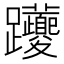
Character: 𨈉